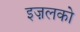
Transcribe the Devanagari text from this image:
इज़लको